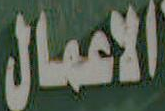
الاعمال